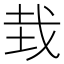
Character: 㦳